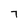
Character: 7